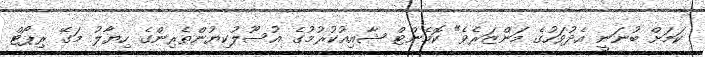
ކަމަށް ބުނަނީ އެދުވަހުގެ މަންޒަރެވެ" ކޮމެންޓް ޝާއިއުކުރުމުގެ އުސޫލުކިޔުންތެރިންގެ ހިޔާލު މަގޭ ރިޕޯޓް